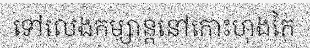
ទៅលេងកម្សាន្តនៅកោះហុងកៃ